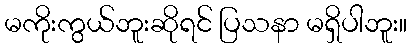
မကိုးကွယ်ဘူးဆိုရင် ပြသနာ မရှိပါဘူး။